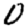
Digit: 0